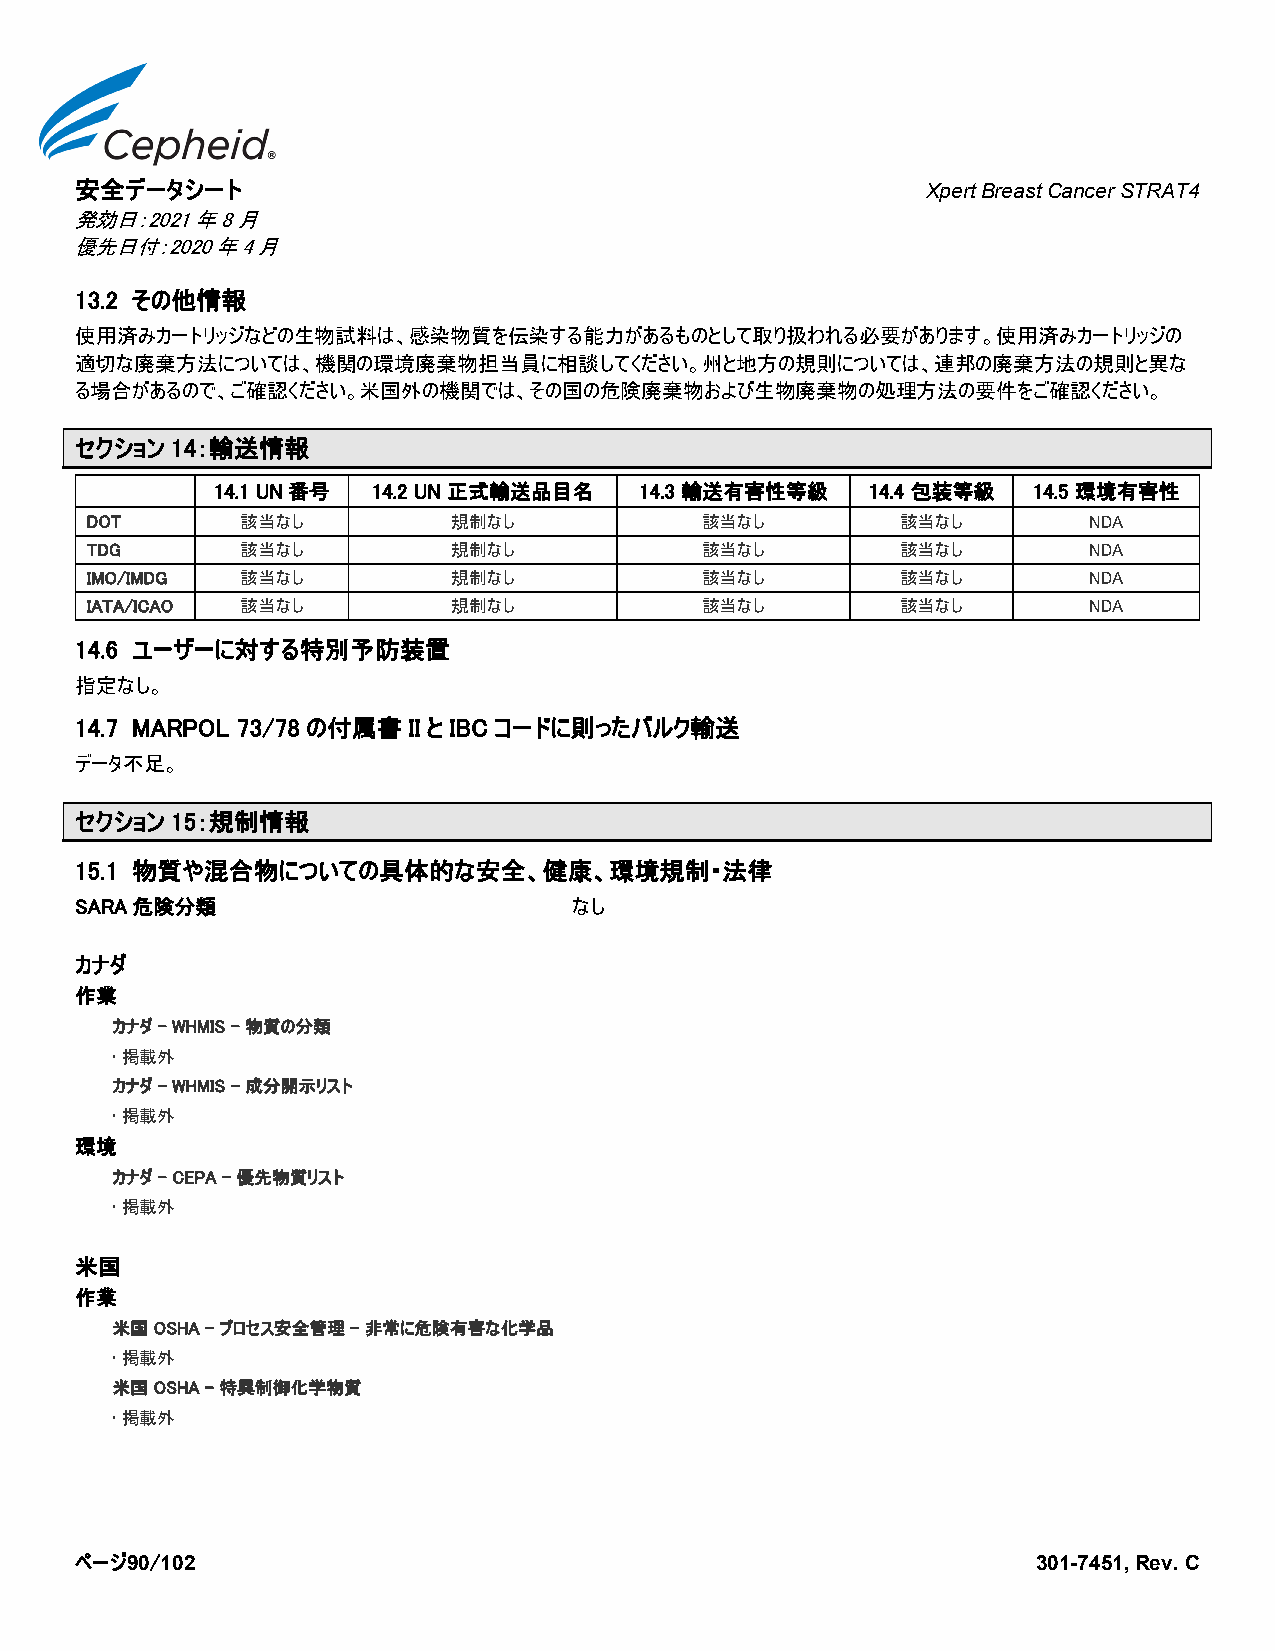
安全データシート
 Xpert Breast Cancer STRAT4
 発効日：2021年8月
 優先日付：2020年4月
 13.2 その他情報
 使用済みカートリッジなどの生物試料は、感染物質を伝染する能力があるものとして取り扱われる必要があります。使用済みカートリッジの
 適切な廃棄方法については、機関の環境廃棄物担当員に相談してください。州と地方の規則については、連邦の廃棄方法の規則と異な
 る場合があるので、ご確認ください。米国外の機関では、その国の危険廃棄物および生物廃棄物の処理方法の要件をご確認ください。
 セクション 14：輸送情報
 14.1 UN番号  14.2 UN 正式輸送品目名  14.3 輸送有害性等級    14.4 包装等級 14.5 環境有害性
 DOT       該当なし          規制なし            該当なし          該当なし        NDA
 TDG       該当なし          規制なし            該当なし          該当なし        NDA
 IMO/IMDG  該当なし          規制なし            該当なし          該当なし        NDA
 IATA/ICAO 該当なし          規制なし            該当なし          該当なし        NDA
 14.6 ユーザーに対する特別予防装置
 指定なし。
 14.7 MARPOL 73/78 の付属書 II と IBC コードに則ったバルク輸送
 データ不足。
 セクション 15：規制情報
 15.1 物質や混合物についての具体的な安全、健康、環境規制・法律
 SARA危険分類                         なし
 カナダ
 作業
 カナダ - WHMIS - 物質の分類
 • 掲載外
 カナダ - WHMIS - 成分開示リスト
 • 掲載外
 環境
 カナダ – CEPA - 優先物質リスト
 • 掲載外
 米国
 作業
 米国 OSHA - プロセス安全管理 - 非常に危険有害な化学品
 • 掲載外
 米国 OSHA - 特異制御化学物質
 • 掲載外
 ページ90/102                                                       301-7451, Rev. C